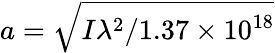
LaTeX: a=\sqrt{I\lambda^{2}/1.37\times 10^{18}}